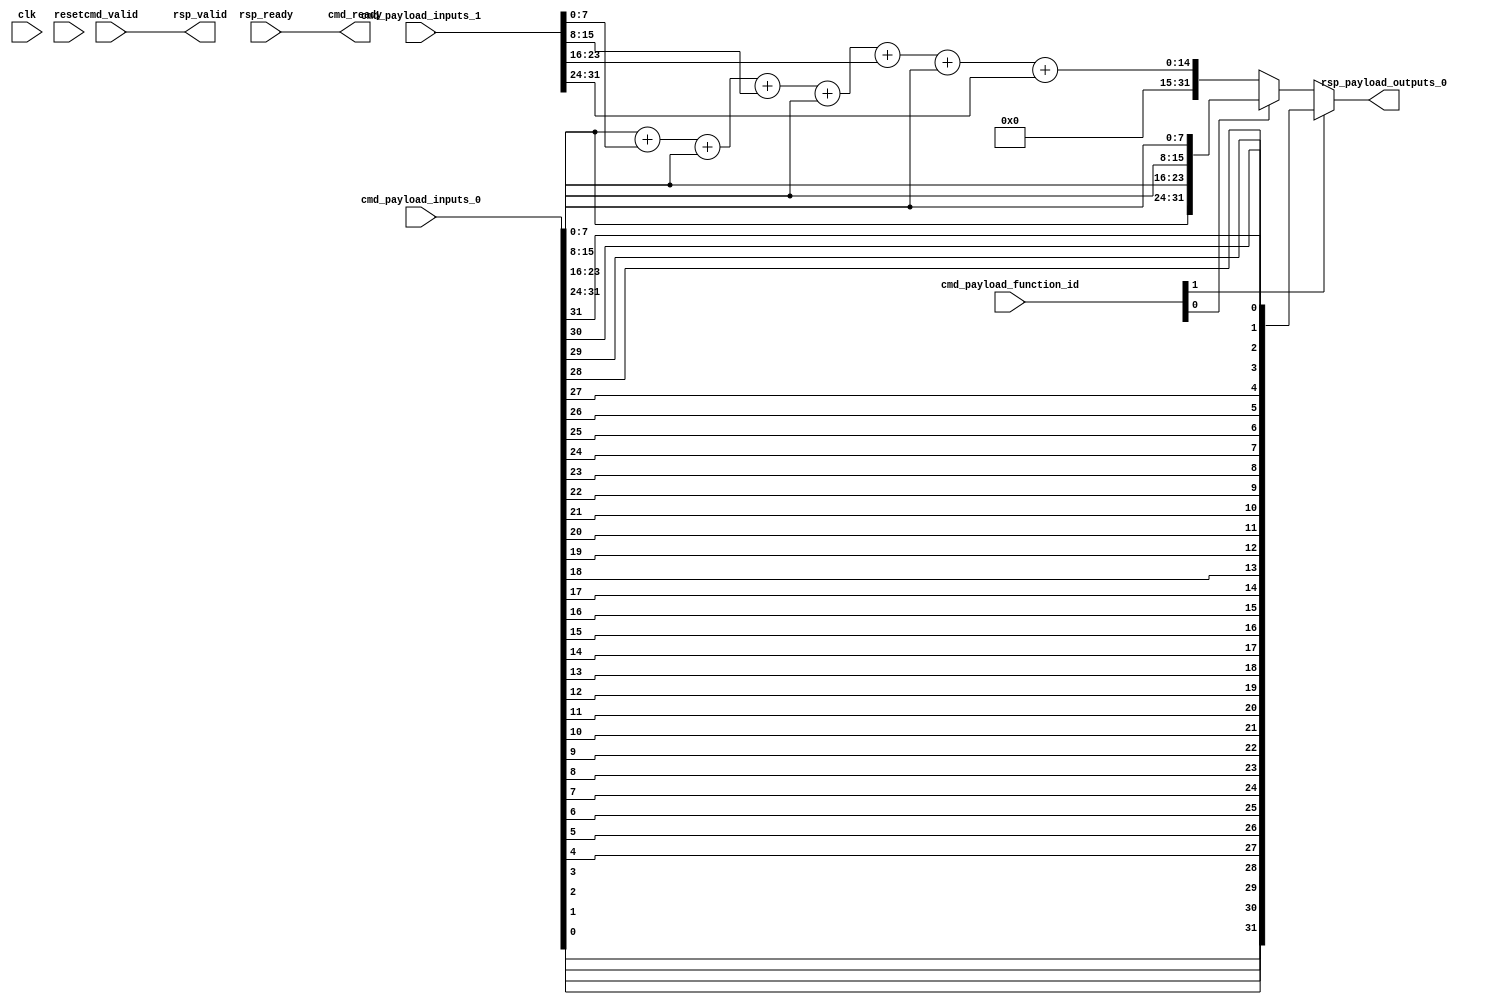
module Cfu (
  input               cmd_valid,
  output              cmd_ready,
  input      [9:0]    cmd_payload_function_id,
  input      [31:0]   cmd_payload_inputs_0,
  input      [31:0]   cmd_payload_inputs_1,
  output              rsp_valid,
  input               rsp_ready,
  output     [31:0]   rsp_payload_outputs_0,
  input               clk,
  input               reset
);

  assign rsp_valid = cmd_valid;
  assign cmd_ready = rsp_ready;

  //  byte sum (unsigned)
  wire [31:0] cfu0;
  assign cfu0[31:0] =  cmd_payload_inputs_0[7:0]   + cmd_payload_inputs_1[7:0] +
                       cmd_payload_inputs_0[15:8]  + cmd_payload_inputs_1[15:8] +
                       cmd_payload_inputs_0[23:16] + cmd_payload_inputs_1[23:16] +
                       cmd_payload_inputs_0[31:24] + cmd_payload_inputs_1[31:24];

  // byte swap
  wire [31:0] cfu1;
  assign cfu1[31:24] =     cmd_payload_inputs_0[7:0];
  assign cfu1[23:16] =     cmd_payload_inputs_0[15:8];
  assign cfu1[15:8] =      cmd_payload_inputs_0[23:16];
  assign cfu1[7:0] =       cmd_payload_inputs_0[31:24];

  // bit reverse
  wire [31:0] cfu2;
  genvar n;
  generate
      for (n=0; n<32; n=n+1) begin
          assign cfu2[n] =     cmd_payload_inputs_0[31-n];
      end
  endgenerate


  //
  // select output -- note that we're not fully decoding the 3 function_id bits
  //
  assign rsp_payload_outputs_0 = cmd_payload_function_id[1] ? cfu2 :
                                      ( cmd_payload_function_id[0] ? cfu1 : cfu0);


endmodule